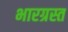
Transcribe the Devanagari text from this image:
भारग्रस्त